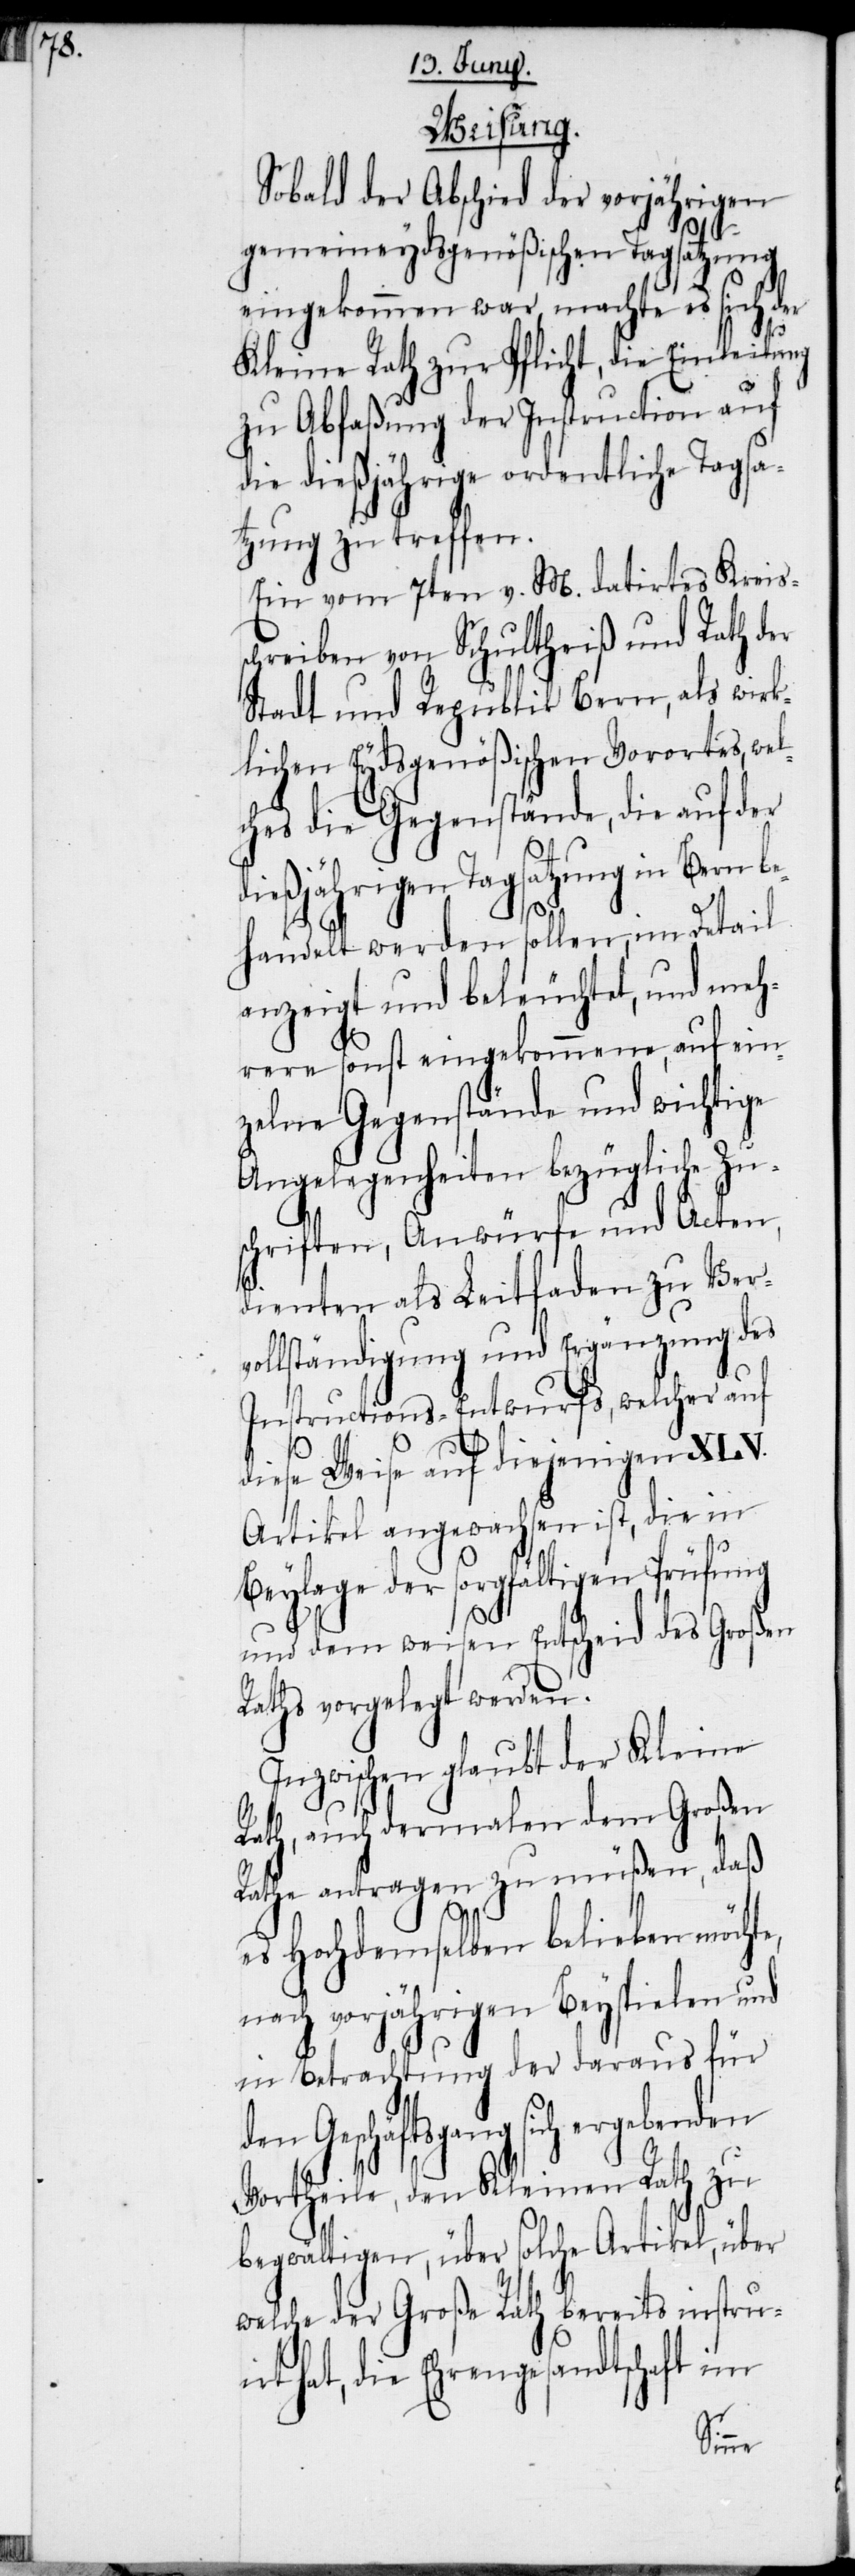
Weisung.
Sobald der Abschied der vorjährigen
gemeineydsgenößischen Tagsatzung
eingekommen war, machte es sich der
Kleine Rath zur Pflicht, die Einleitung
zu Abfaßung der Instruction auf
die dießjährige ordentliche Tagsa¬
tzung zu treffen.
Ein vom 7ten v. M. datirtes Kreis¬
schreiben von Schultheiß und Rath der
Stadt und Republik Bern, als wirk¬
lichen Eydsgenößischen Vorortes, wel¬
ches die Gegenstände, die auf der
dießjährigen Tagsatzung in Bern be¬
handelt werden sollen, im Detail
anzeigt und beleuchtet, und meh¬
rere sonst eingekommene, auf ein¬
zelne Gegenstände und wichtige
Angelegenheiten bezügliche Zu¬
schriften, Anwürfe und Acten,
dienten als Leitfaden zu Verv¬
ollständigung und Ergänzung des
Instructions-Entwurfs, welcher auf
diese Weise auf diejenigen XLV.
Artikel angewachsen ist, die in
Beylage der sorgfältigen Prüfung
und dem weisen Entscheid des Großen
Raths vorgelegt werden.
Inzwischen glaubt der Kleine
Rath, auch dermalen dem Großen
Rathe antragen zu müßen, daß
es Hochdemselben belieben möchte,
nach vorjährigen Beyspielen und
in Betrachtung der daraus für
den Geschäftsgang sich ergebenden
Vortheile, den Kleinen Rath zu
begwältigen, über solche Artikel, über
welche der Große Rath bereits instrui¬
rt hat, die Ehrengesandtschaft im